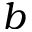
b